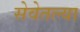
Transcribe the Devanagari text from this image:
सेवेतल्या